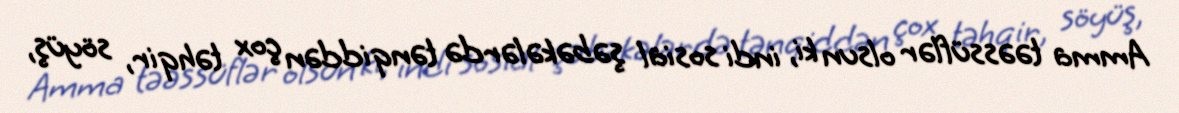
Amma təəssüflər olsun ki, indi sosial şəbəkələrdə tənqiddən çox təhqir, söyüş,